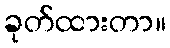
ခုတ်ထားတာ။